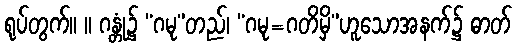
ရုပ်တွက်။ ။ ဂန္တုံ၌ “ဂမု”တည်၊ “ဂမု=ဂတိမှိ”ဟူသောအနက်၌ ဓာတ်